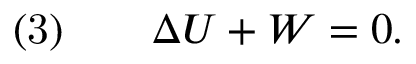
{ \mathrm { ( 3 ) } } \qquad \Delta U + W = 0 .